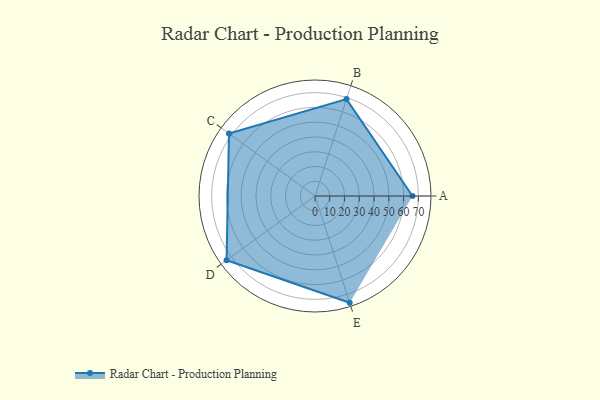
{"axis": {"x": "Skill", "y": "Score"}, "legend": ["Profile"], "data": [{"x": "A", "y": 66.0, "type": "Profile"}, {"x": "B", "y": 69.0, "type": "Profile"}, {"x": "C", "y": 72.0, "type": "Profile"}, {"x": "D", "y": 74.0, "type": "Profile"}, {"x": "E", "y": 76.0, "type": "Profile"}]}